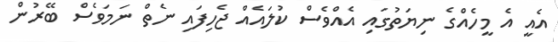
އެއީ އެ މީހެއްގެ ނިޔަތުގައި އެއްވެސް ކުލައެއް ޖެހިފައި ނެތް ނަމަވެސް ބޭރުން